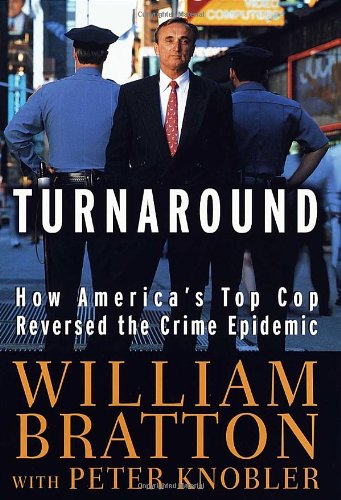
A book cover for The Turnaround: How America's Top Cop Reversed the Crime Epidemic; William Bratton; Biographies & Memoirs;